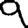
Digit: 9